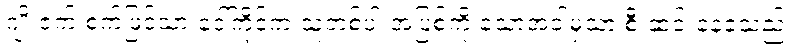
ဂျိုးဇက် စက်ဖြင့်သာ ဒေါ်ကိုင်က သူတစ်ပါးအပြစ်ကို သောအခါမှသာ စီးဆင်းနေခဲ့သည်